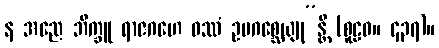
န အညေ ဘိက္ခူ ရာဇဂဟေ ဝဿံ ဥပဂစ္ဆေယျု”န္တိ (စူဠဝ။ ၄၃၇)။